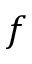
f